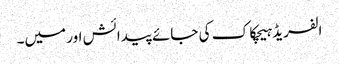
الفریڈ ہیچکاک کی جائے پیدائش اور میں۔